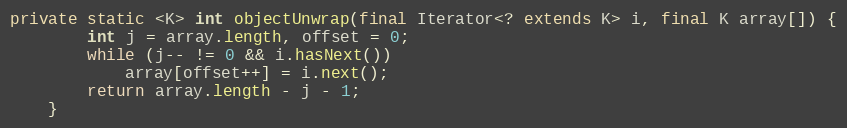
Language: Java
private static <K> int objectUnwrap(final Iterator<? extends K> i, final K array[]) {
        int j = array.length, offset = 0;
        while (j-- != 0 && i.hasNext())
            array[offset++] = i.next();
        return array.length - j - 1;
    }